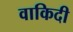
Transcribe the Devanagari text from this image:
वाकिदी